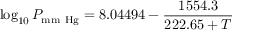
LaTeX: \log _ { 1 0 } P _ { \mathrm { m m ~ H g } } = 8 . 0 4 4 9 4 - { \frac { 1 5 5 4 . 3 } { 2 2 2 . 6 5 + T } }